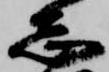
志